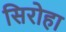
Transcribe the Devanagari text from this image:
सिरोहा